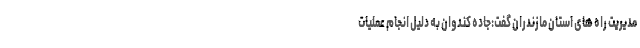
مدیریت راه های استان مازندران گفت:جاده کندوان به دلیل انجام عملیات